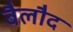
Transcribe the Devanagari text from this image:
बैलौद